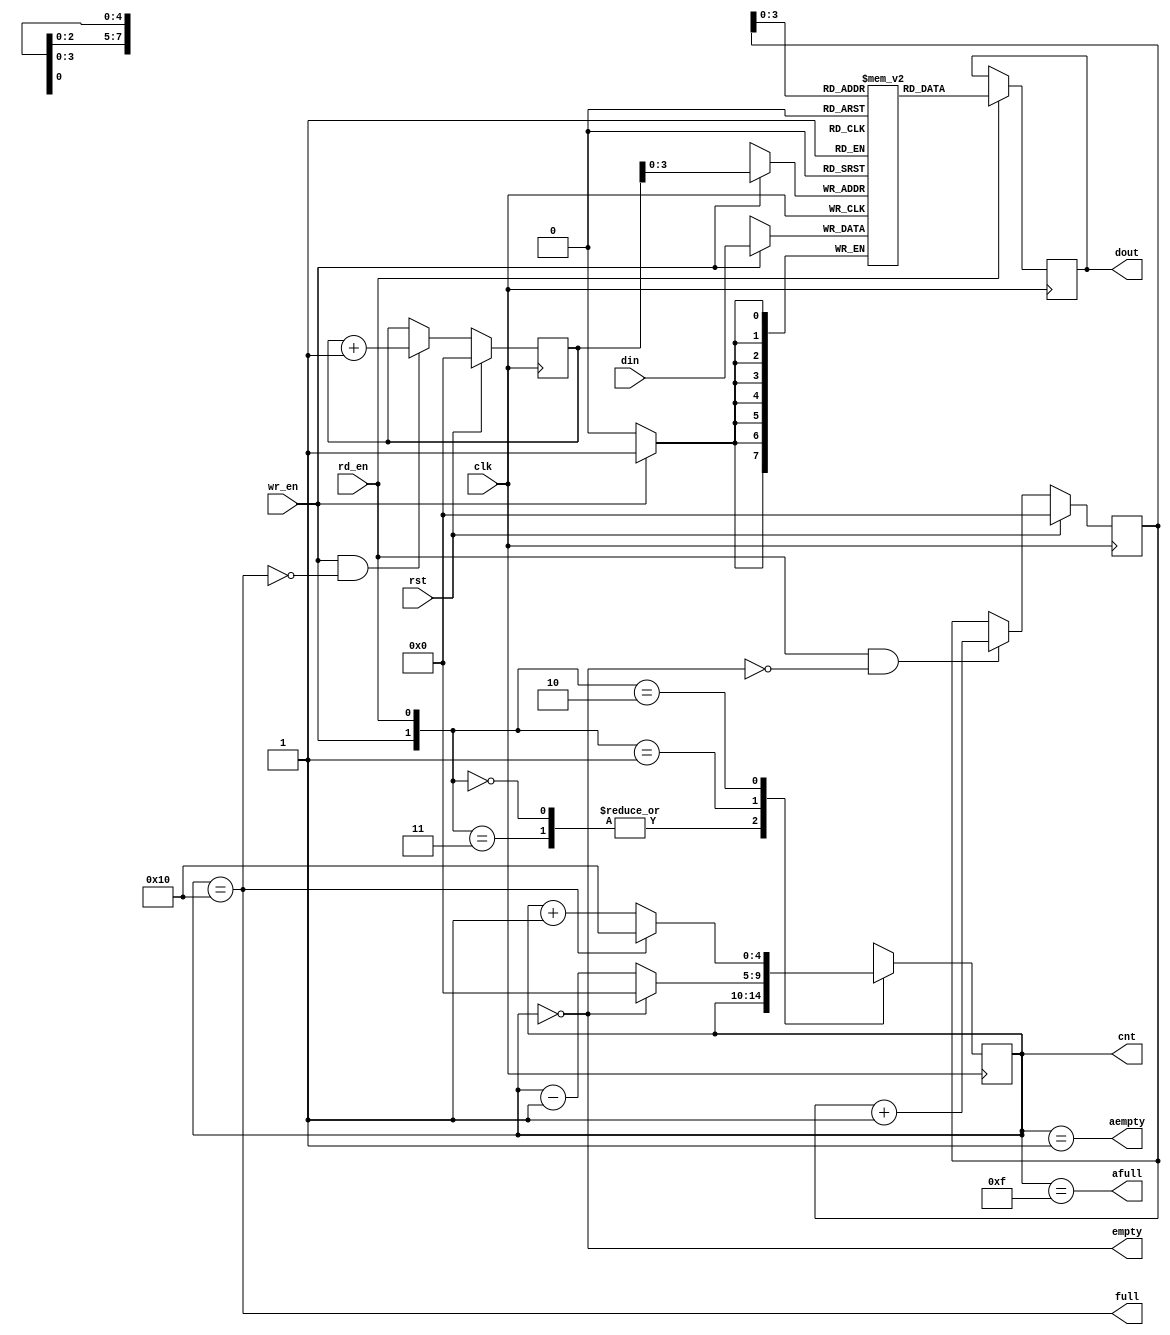
module sysc_fifo(clk,rst,wr_en,rd_en,cnt,din,full,empty,afull,aempty,dout);
  /**/
	input clk,rst,wr_en,rd_en;
	input [7:0] din;
	output full,afull,empty,aempty;
	output [7:0] dout;
	reg [7:0] dout;
	output [4:0] cnt;
	reg [4:0] cnt;
	reg [7:0] fifo_ram[15:0];
	reg [4:0] wr_pointer,rd_pointer;
	wire empty,aempty;
	wire full,afull;
	always @(posedge clk) begin
		if(wr_en)
		fifo_ram[wr_pointer]=din;
	end
	always @(posedge clk)begin
		if(rd_en)
		dout=fifo_ram[rd_pointer];
	end
	always @ (posedge clk)begin
		if(rst)
		wr_pointer<=0;
		else begin
			wr_pointer<=(wr_en&&!full)?wr_pointer+1:wr_pointer;
		end
	end
	always @(posedge clk) begin
		if (rst) begin
			// reset
			rd_pointer<=0;
		end
		else
		   rd_pointer<=(rd_en&&!empty)?rd_pointer+1:rd_pointer;
	end
	always @(posedge clk) begin//
		if (rst) begin
			// reset
			cnt<=0;
		end
		case({wr_en,rd_en})
		2'b00,2'b11:cnt<=cnt;
		2'b01:cnt<=(cnt==0)?0:cnt-1;
		2'b10:cnt<=(cnt==16)?16:cnt+1;
		endcase
	end
	assign afull=(cnt==15);//
	assign aempty=(cnt==1);//
	assign empty=(cnt==0);//
	assign full=(cnt==16);//
endmodule